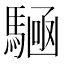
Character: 𮪔